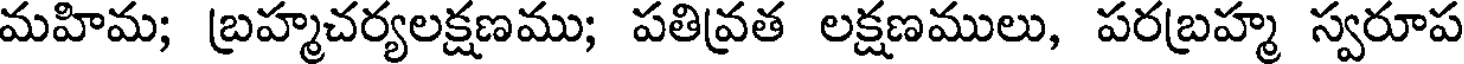
మహిమ; బ్రహ్మచర్యలక్షణము; పతివ్రత లక్షణములు, పరబ్రహ్మ స్వరూప